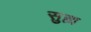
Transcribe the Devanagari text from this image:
सुह्म